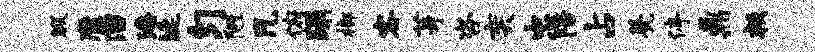
暇縻溜潘埏匀陋凡俯蹋榔客芽咨奕忠陪占甍停鼎叛